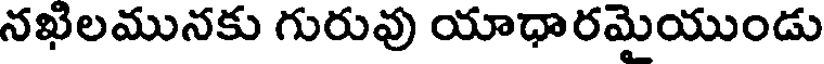
నఖిలమునకు గురువు యాధారమైయుండు